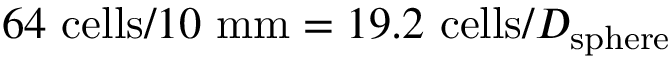
6 4 ~ \mathrm { c e l l s } / 1 0 ~ \mathrm { m m } = 1 9 . 2 ~ \mathrm { c e l l s } / D _ { \mathrm { s p h e r e } }